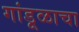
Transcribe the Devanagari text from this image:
गांडूळाचा